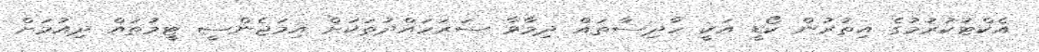
އެކްޓުކުރުމުގެ އިތުރުން ކޯޑީ އަކީ ހާދިސާތައް ދިމާވާ ސަރަހައްދުތަކަށް އިމަޖެންސީ ޓީމުތައް ދިއުމަށް